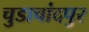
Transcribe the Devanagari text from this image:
चुडाचांदपुर